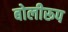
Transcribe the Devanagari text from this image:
बोलीरूप